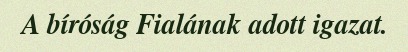
A bíróság Fialának adott igazat.